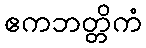
ဧကဘတ္တိကံ